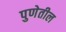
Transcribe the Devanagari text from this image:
पुणेतील